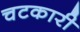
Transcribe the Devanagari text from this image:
चटकारी